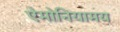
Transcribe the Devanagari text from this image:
ऐमोनियामय